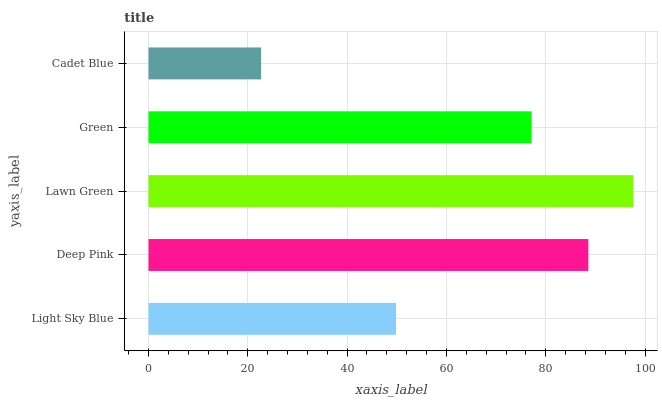
| yaxis_label | bars |
 | --- | --- |
 | Light Sky Blue | 49.8 |
 | Deep Pink | 88.6 |
 | Lawn Green | 97.6 |
 | Green | 77.1 |
 | Cadet Blue | 22.7 |